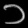
Digit: ၁